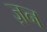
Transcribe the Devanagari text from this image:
ज़न